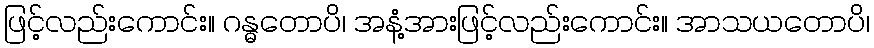
ဖြင့်လည်းကောင်း။ ဂန္ဓတောပိ၊ အနံ့အားဖြင့်လည်းကောင်း။ အာသယတောပိ၊